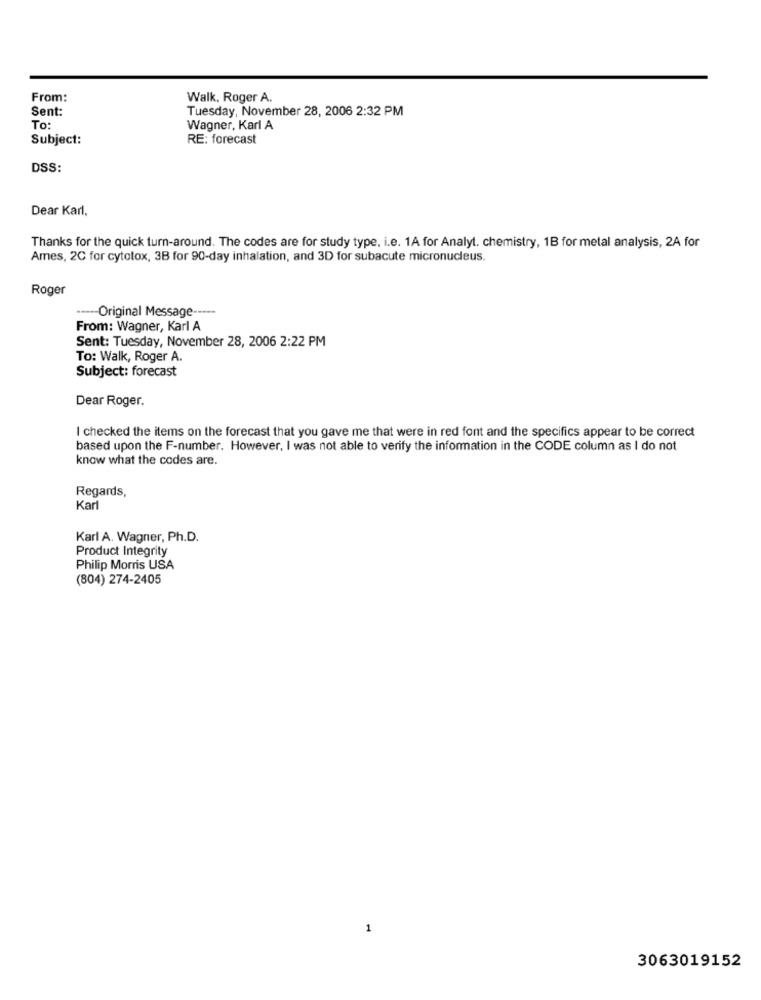
From:
Walk, Roger A.
Sent:
Tuesday, November 28, 2006 2:32 PM
To:
Wagner, Karl A
Subject:
RE: forecast
DSS:
Dear Karl,
Thanks for the quick turn-around. The codes are for study type, i.e. 1A for Analyt. chemistry, 1B for metal analysis, 2A for
Ames, 2C for cytotox, 3B for 90-day inhalation, and 3D for subacute micronucleus.
Roger
----- Original Message -----
From: Wagner, Karl A
Sent: Tuesday, November 28, 2006 2:22 PM
To: Walk, Roger A.
Subject: forecast
Dear Roger.
I checked the items on the forecast that you gave me that were in red font and the specifics appear to be correct
based upon the F-number. However, I was not able to verify the information in the CODE column as I do not
know what the codes are.
Regards,
Karl
Karl A. Wagner, Ph.D.
Product Integrity
Philip Morris USA
(804) 274-2405
1
3063019152